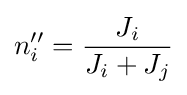
n_{i}''={\frac {J_{i}}{J_{i}+J_{j}}}